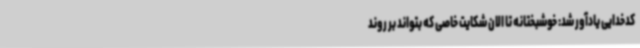
کدخدایی یادآور شد: خوشبختانه تا الان شکایت خاصی که بتواند بر روند